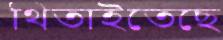
থিতাইতেছে